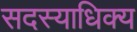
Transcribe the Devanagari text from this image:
सदस्याधिक्य